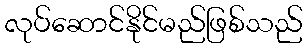
လုပ်ဆောင်နိုင်မည်ဖြစ်သည်